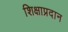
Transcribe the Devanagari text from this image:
शिक्षाप्रदान